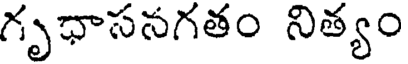
గృధాసనగతం నిత్యం